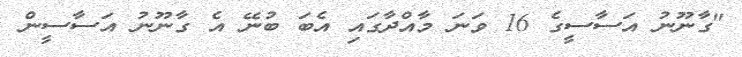
"ގާނޫނު އަސާސީގެ 16 ވަނަ މާއްދާގައި އެބަ ބުނޭ އެ ގާނޫނު އަސާސީން